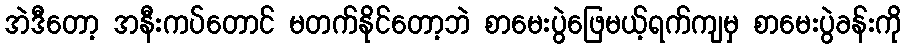
အဲဒီတော့ အနီးကပ်တောင် မတက်နိုင်တော့ဘဲ စာမေးပွဲဖြေမယ့်ရက်ကျမှ စာမေးပွဲခန်းကို